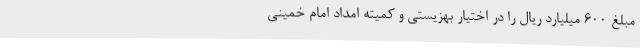
مبلغ 600 میلیارد ریال را در اختیار بهزیستی و کمیته امداد امام خمینی